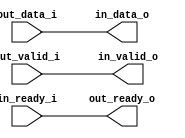
// This program was cloned from: https://github.com/mbalestrini/tt06_usb_cdc_devices
// License: Apache License 2.0

module loopback_device (
   // ---- to/from USB_CDC ------------------------------------------
   output wire [7:0] in_data_o,
   output wire   in_valid_o,
   // While in_valid_o is high, in_data_o shall be valid.
   input wire   in_ready_i,
   // When both in_ready_i and in_valid_o are high, in_data_o shall
   //   be consumed.
   input wire [7:0]  out_data_i,
   input wire        out_valid_i,
   // While out_valid_i is high, the out_data_i shall be valid and both
   //   out_valid_i and out_data_i shall not change until consumed.
   output wire       out_ready_o
   // When both out_valid_i and out_ready_o are high, the out_data_i shall
   //   be consumed.
);

assign out_ready_o = in_ready_i;
assign in_valid_o = out_valid_i;
assign in_data_o = out_data_i;



endmodule